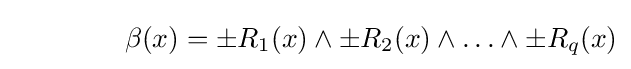
~~~~~~~~~~~~\beta (x)=\pm R_{1}(x)\wedge \pm R_{2}(x)\wedge \ldots \wedge \pm R_{q}(x)